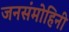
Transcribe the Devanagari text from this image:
जनसंमोहिनी